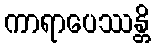
ကာရာပေဿန္တိ